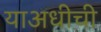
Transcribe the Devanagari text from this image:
याअधीची